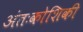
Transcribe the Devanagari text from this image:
अंतःकोशिकी